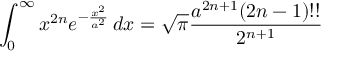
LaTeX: \int _ { 0 } ^ { \infty } x ^ { 2 n } e ^ { - { \frac { x ^ { 2 } } { a ^ { 2 } } } } \, d x = { \sqrt { \pi } } { \frac { a ^ { 2 n + 1 } ( 2 n - 1 ) ! ! } { 2 ^ { n + 1 } } }